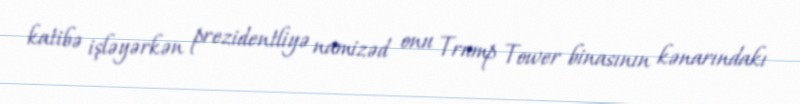
katibə işləyərkən prezidentliyə namizəd onu Trump Tower binasının kənarındakı